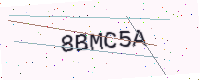
Text: 8BMC5A